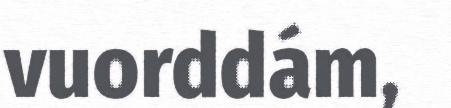
vuorddám,